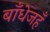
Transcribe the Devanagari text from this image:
बाँधेजहँ